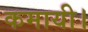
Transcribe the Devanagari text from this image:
कमायी।